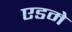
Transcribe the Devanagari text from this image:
एडमे